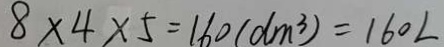
8 \times 4 \times 5 = 1 6 0 ( d m ^ { 3 } ) = 1 6 0 L